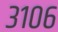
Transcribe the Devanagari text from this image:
३१०६